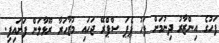
ފަހުގެ އިންޒާރު ދިނުމަށް ފަހު ޕެޕަ ސްޕްރޭ ޖަހައި މުޒާހަރާ ރޫޅާލަން ފަށައިފި.